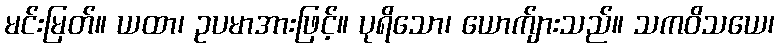
မင်းမြတ်။ ယထာ၊ ဥပမာအားဖြင့်။ ပုရိသော၊ ယောက်ျားသည်။ သကဝိသယေ၊